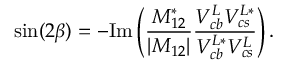
\sin ( 2 \beta ) = - \mathrm { I m } \left( { \frac { M _ { 1 2 } ^ { * } } { | M _ { 1 2 } | } } { \frac { V _ { c b } ^ { L } V _ { c s } ^ { L * } } { V _ { c b } ^ { L * } V _ { c s } ^ { L } } } \right) .